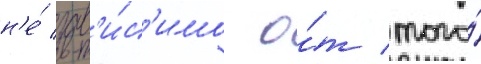
н'е́ зав'и́с'имо о́т того́